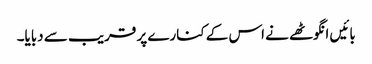
بائیں انگوٹھے نے اس کے کنارے پر قریب سے دبایا۔